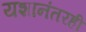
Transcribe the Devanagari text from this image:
यशानंतरही